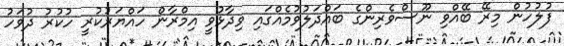
ފުލުހުން މިރޭ ބޭއްވި ނޫސްވެރިންގެ ބައްދަލުވުމެއްގައި ވިދާޅުވީ އިމްރާން ހައްޔަރުކުރީ ހުކުރު ދުވަހު